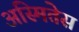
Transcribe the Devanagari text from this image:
अस्मितेस